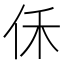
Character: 𪜰